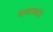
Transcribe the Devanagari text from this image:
क्वार्क्सचे